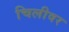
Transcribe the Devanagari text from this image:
चिलीवर